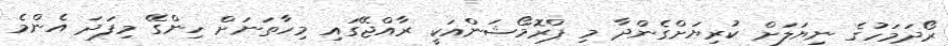
ރޯދަމަހުގެ ނިޔަލަށް ކުރިޔަށްގެންދާ މި ޕްރޮމޯޝަންއަކީ ރާއްޖޭގައި މިހާތަނަށް ހިންގޭ މިފަދަ އެންމެ